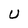
Character: U